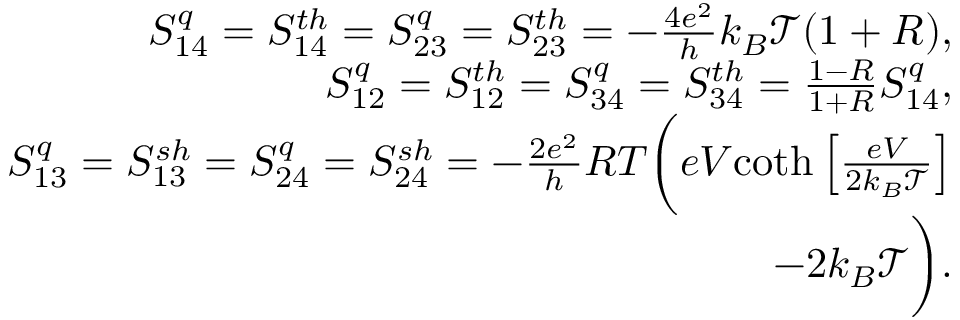
\begin{array} { r } { { S _ { 1 4 } ^ { q } = S _ { 1 4 } ^ { t h } = S _ { 2 3 } ^ { q } = S _ { 2 3 } ^ { t h } = - \frac { 4 e ^ { 2 } } { h } k _ { B } \mathcal { T } ( 1 + R ) , } } \\ { { S _ { 1 2 } ^ { q } = S _ { 1 2 } ^ { t h } = S _ { 3 4 } ^ { q } = S _ { 3 4 } ^ { t h } = \frac { 1 - R } { 1 + R } S _ { 1 4 } ^ { q } , } } \\ { { S _ { 1 3 } ^ { q } = S _ { 1 3 } ^ { s h } = S _ { 2 4 } ^ { q } = S _ { 2 4 } ^ { s h } = - \frac { 2 e ^ { 2 } } { h } R T \bigg ( e V } { \coth \left[ \frac { e V } { 2 k _ { B } \mathcal { T } } \right] } } \\ { { - 2 k _ { B } \mathcal { T } \bigg ) } . } \end{array}